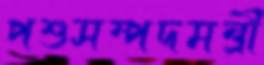
পশুসম্পদমন্ত্রী